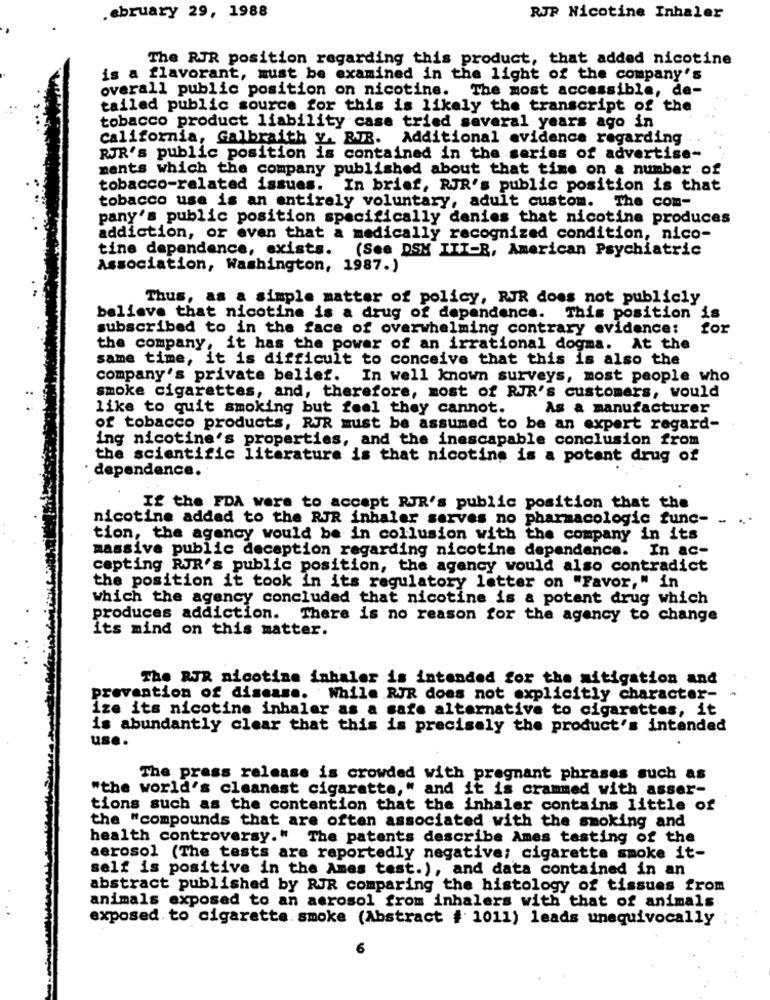
ebruary 29, 1988
RJP Nicotine Inhaler
The RJR position regarding this product, that added nicotine
is a flavorant, must be examined in the light of the company's
overall public position on nicotine. The most accessible, de-
tailed public source for this is likely the transcript of the
tobacco product liability case tried several years ago in
california, Galbraith y. RJR. Additional evidence regarding
RJR's public position is contained in the series of advertise-
ments which the company published about that time on a number of
tobacco-related issues. In brief, RJR's public position is that
tobacco use is an entirely voluntary, adult custom. The com-
pany's public position specifically denies that nicotine produces
addiction, or even that a medically recognized condition, nico-
tine dependence, exists. (See DSM III-R, American Psychiatric
Association, Washington, 1987.)
Thus, as a simple matter of policy, RJR does not publicly
believe that nicotine is a drug of dependence. This position is
subscribed to in the face of overwhelming contrary evidence:
for
the company, it has the power of an irrational dogma. At the
same time, it is difficult to conceive that this is also the
company's private belief. In well known surveys, most people who
smoke cigarettes, and, therefore, most of RJR's customers, would
like to quit smoking but feel they cannot.
As a manufacturer
of tobacco products, RJR must be assumed to be an expert regard-
ing nicotine's properties, and the inescapable conclusion from
the scientific literature is that nicotine is a potent drug of
dependence.
If the FDA were to accept RJR's public position that the
nicotine added to the RJR inhaler serves no pharmacologic func- ..
tion, the agency would be in collusion with the company in its
massive public deception regarding nicotine dependance. In ac-
cepting RJR's public position, the agency would also contradict
the position it took in its regulatory latter on "Favor," in
which the agency concluded that nicotine is a potent drug which
produces addiction. There is no reason for the agency to change
its mind on this matter.
The RJR nicotine inhaler is intended for the mitigation and
prevention of disease. While RJR does not explicitly character- -
ize its nicotine inhaler as a safe alternative to cigarettes, it
is abundantly clear that this is precisely the product's intended
use.
The press release is crowded with pregnant phrases such as
"the world's cleanest cigaratte," and it is crammed with asser-
tions such as the contention that the inhaler contains little of
the "compounds that are often associated with the smoking and
health controversy." The patents describe Ames tasting of the
aerosol (The tests are reportedly negative; cigarette smoke it-
self is positive in the Ames test.), and data contained in an
abstract published by RJR comparing the histology of tissues from
animals exposed to an aerosol from inhalers with that of animals
exposed to cigarette smoke (Abstract # 1011) leads unequivocally